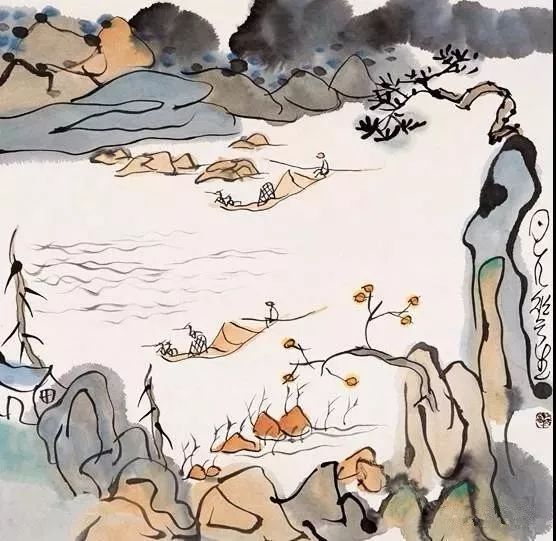
莫笑农家腊酒浑，丰年留客足鸡豚。